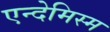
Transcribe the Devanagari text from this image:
एन्देमिस्म